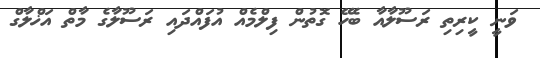
ވަނީ ކީރިތި ރަސޫލާއާ ބެހޭ ގޮތުން ފިލްމެއް އުފައްދައި ރަސޫލާގެ މާތް އަޚްލާގް